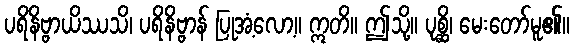
ပရိနိဗ္ဗာယိဿသိ၊ ပရိနိဗ္ဗာန် ပြုအံ့လော့။ ဣတိ။ ဤသို့။ ပုစ္ဆိ၊ မေးတော်မူ၏။